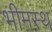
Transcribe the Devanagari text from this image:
भीमस्थ